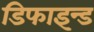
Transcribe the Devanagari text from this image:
डिफाइन्ड